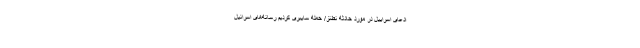
ادعای اسراییل در مورد حادثه نطنز/ حمله سایبری کردیم رسانه‌های اسرائیل